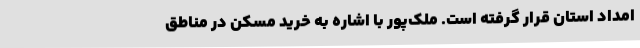
امداد استان قرار گرفته است. ملک‌پور با اشاره به خرید مسکن در مناطق